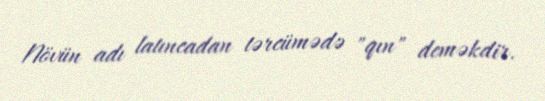
Növün adı latıncadan tərcümədə "qın" deməkdir.